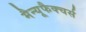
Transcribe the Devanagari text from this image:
मैन्यूफैक्चर्स